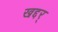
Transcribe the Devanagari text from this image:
खद्दर्